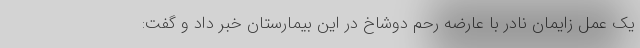
یک عمل زایمان نادر با عارضه رحم دوشاخ در این بیمارستان خبر داد و گفت: